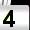
Digit: 4